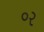
૦ર